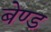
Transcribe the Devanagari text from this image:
बेण्ड